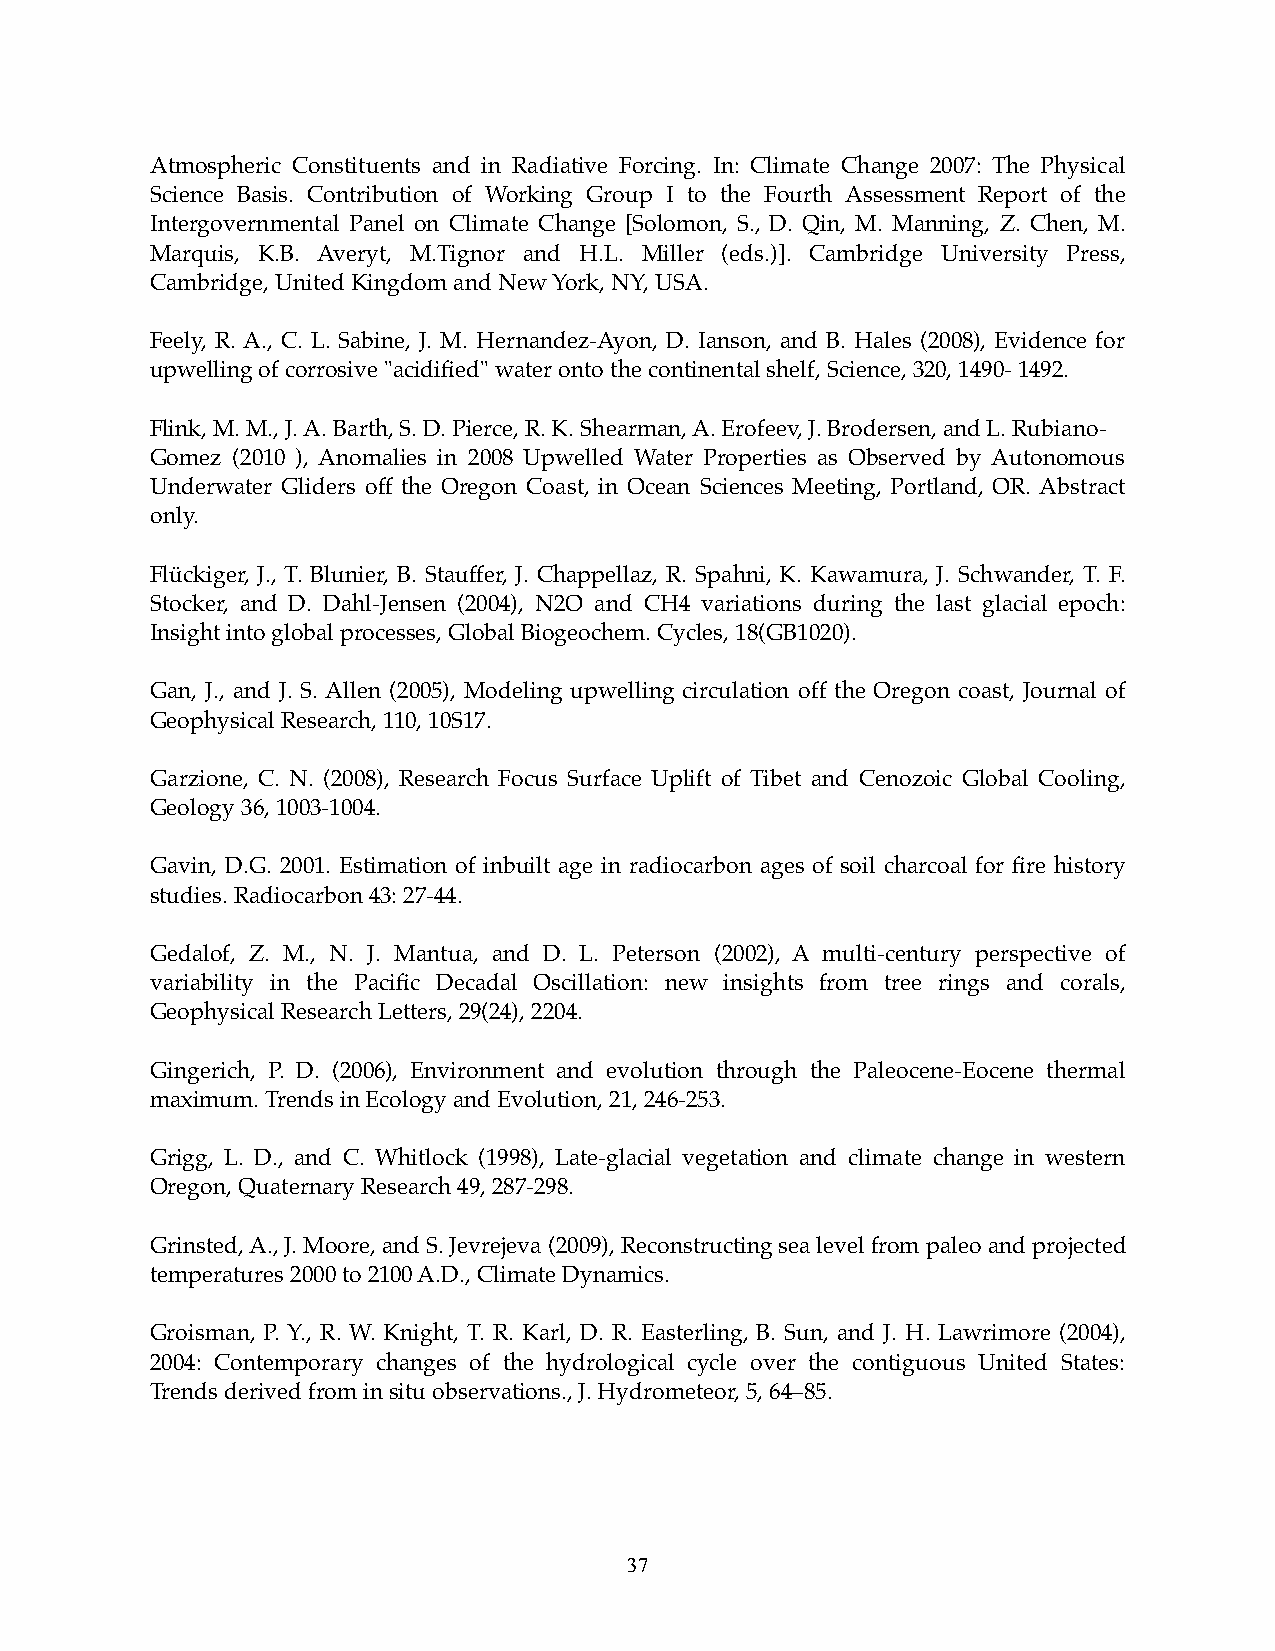
Atmospheric Constituents and in Radiative Forcing. In: Climate Change 2007: The Physical
 Science Basis. Contribution of Working Group I to the Fourth Assessment Report of the
 Intergovernmental Panel on Climate Change [Solomon, S., D. Qin, M. Manning, Z. Chen, M.
 Marquis, K.B. Averyt, M.Tignor and H.L. Miller (eds.)]. Cambridge University Press,
 Cambridge, United Kingdom and New York, NY, USA.
 Feely, R. A., C. L. Sabine, J. M. Hernandez-Ayon, D. Ianson, and B. Hales (2008), Evidence for
 upwelling of corrosive "acidified" water onto the continental shelf, Science, 320, 1490- 1492.
 Flink, M. M., J. A. Barth, S. D. Pierce, R. K. Shearman, A. Erofeev, J. Brodersen, and L. Rubiano-
 Gomez (2010 ), Anomalies in 2008 Upwelled Water Properties as Observed by Autonomous
 Underwater Gliders off the Oregon Coast, in Ocean Sciences Meeting, Portland, OR. Abstract
 only.
 Flückiger, J., T. Blunier, B. Stauffer, J. Chappellaz, R. Spahni, K. Kawamura, J. Schwander, T. F.
 Stocker, and D. Dahl-Jensen (2004), N2O and CH4 variations during the last glacial epoch:
 Insight into global processes, Global Biogeochem. Cycles, 18(GB1020).
 Gan, J., and J. S. Allen (2005), Modeling upwelling circulation off the Oregon coast, Journal of
 Geophysical Research, 110, 10S17.
 Garzione, C. N. (2008), Research Focus Surface Uplift of Tibet and Cenozoic Global Cooling,
 Geology 36, 1003-1004.
 Gavin, D.G.!2001. Estimation of inbuilt age in radiocarbon ages of soil charcoal for fire history
 studies. Radiocarbon 43: 27-44.
 Gedalof, Z. M., N. J. Mantua, and D. L. Peterson (2002), A multi-century perspective of
 variability in the Pacific Decadal Oscillation: new insights from tree rings and corals,
 Geophysical Research Letters, 29(24), 2204.
 Gingerich, P. D. (2006), Environment and evolution through the Paleocene-Eocene thermal
 maximum. Trends in Ecology and Evolution, 21, 246-253.
 Grigg, L. D., and C. Whitlock (1998), Late-glacial vegetation and climate change in western
 Oregon, Quaternary Research 49, 287-298.
 Grinsted, A., J. Moore, and S. Jevrejeva (2009), Reconstructing sea level from paleo and projected
 temperatures 2000 to 2100 A.D., Climate Dynamics.
 Groisman, P. Y., R. W. Knight, T. R. Karl, D. R. Easterling, B. Sun, and J. H. Lawrimore (2004),
 2004: Contemporary changes of the hydrological cycle over the contiguous United States:
 Trends derived from in situ observations., J. Hydrometeor, 5, 64–85.
 37